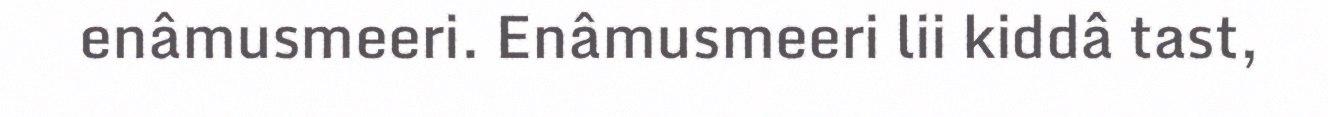
enâmusmeeri. Enâmusmeeri lii kiddâ tast,